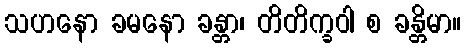
သဟနော ခမနော ခန္တာ၊ တိတိက္ခဝါ စ ခန္တိမာ။